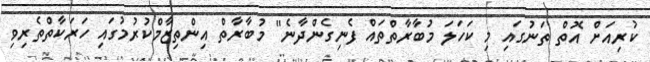
ކުރިއަށް އޮތް ތަނުގައި މި ކަހަލަ މުބާރާތްތައް ފެނިގެންދާނެ" މުބާރާތް އިންތިޒާމްކުރުމުގައި ހަރަކާތްތެރިވި